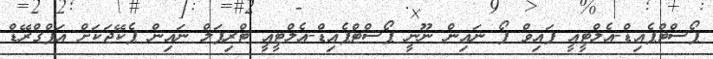
ޕޯސްޓްޕެއިޑް-އެލްޓީއީ ފައިވް ފޯ ނައިން ނޫނީ ޕޯސްޓްޕެއިޑް-އެލްޓީއީ ޓްރިޕަލް ނައިން ޕެކޭޖަކަށް އަޕްގްރޭޑް